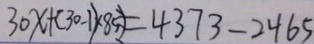
3 0 x + ( 3 0 - 1 ) \times 8 = 4 3 7 3 - 2 4 6 5